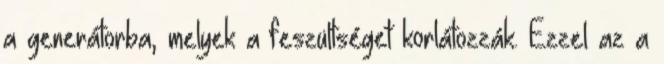
a generátorba, melyek a feszültséget korlátozzák. Ezzel az a